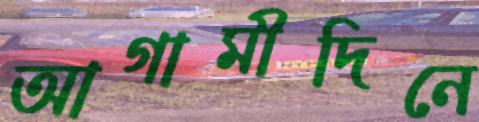
আগামীদিনে